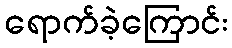
ရောက်ခဲ့ကြောင်း